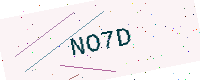
Text: NO7D